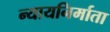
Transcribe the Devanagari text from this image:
न्यायनिर्माता